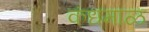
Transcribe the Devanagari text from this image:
कंधमाळ